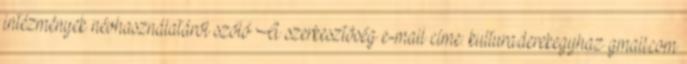
intézmények névhasználatáról szóló A szerkesztôség e-mail címe: kultura.derekegyhaz gmail.com